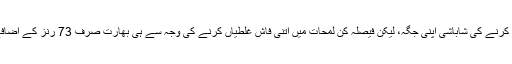
اس لیے جم کر اور ڈٹ کر مقابلہ کرنے کی شاباشی اپنی جگہ، لیکن فیصلہ کن لمحات میں اتنی فاش غلطیاں کرنے کی وجہ سے ہی بھارت صرف 73 رنز کے اضافے سے 8 وکٹوں سے محروم ہوا۔